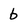
Character: b